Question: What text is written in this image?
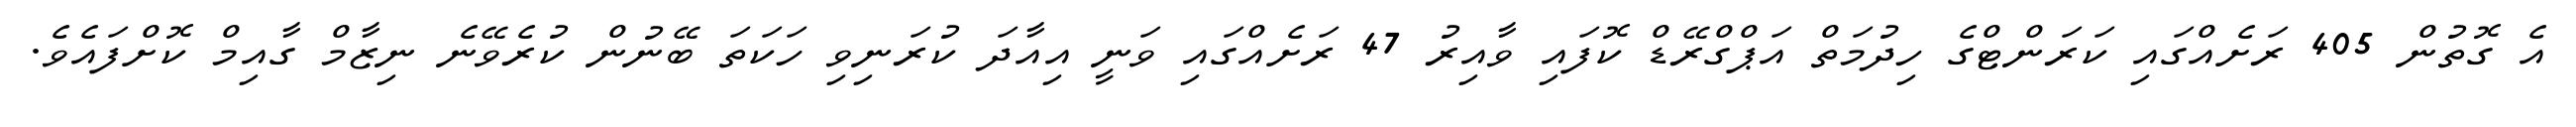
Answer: އެ ގޮތުން 405 ރަށެއްގައި ކަރަންޓްގެ ހިދުމަތް އަޕްގްރޭޑް ކޮފައި ވާއިރު 47 ރަށެއްގައި ވަނީ އިއާދަ ކުރަނިވި ހަކަތަ ބޭނުން ކުރެވޭނެ ނިޒާމް ގާއިމް ކޮށްފައެވެ.